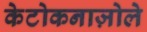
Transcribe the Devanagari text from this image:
केटोकनाज़ोले